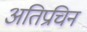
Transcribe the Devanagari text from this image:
अतिप्रचिन